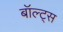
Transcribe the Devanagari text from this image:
बॉल्ट्स